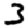
Digit: 3